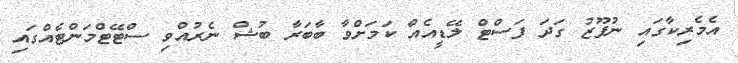
އެމެރިކާގައި ނުފޫޒު ގަދަ ފަސްޓް ލޭޑީއެއް ކަމަށްވާ ބާބަރާ ބުޝް ނެރުއްވި ސްޓޭޓްމަންޓެއްގައި